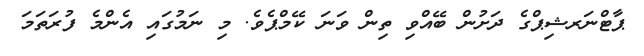
ޕާޓްނަރޝިޕްގެ ދަށުން ބޭއްވި ތިން ވަނަ ކޭމްޕެވެ. މި ނަމުގައި އެންމެ ފުރަތަމަ